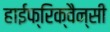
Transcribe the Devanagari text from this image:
हाईफ्रिक्वैन्सी